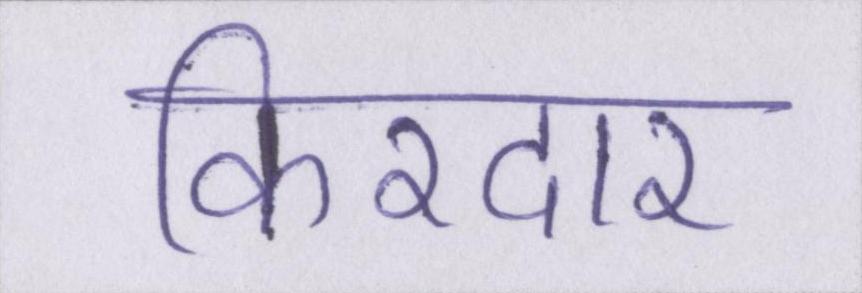
किरदार